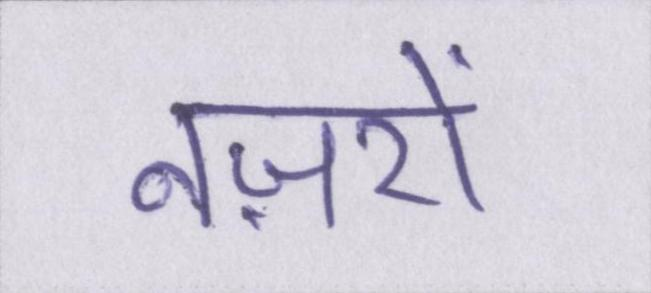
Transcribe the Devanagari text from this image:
नज़रों